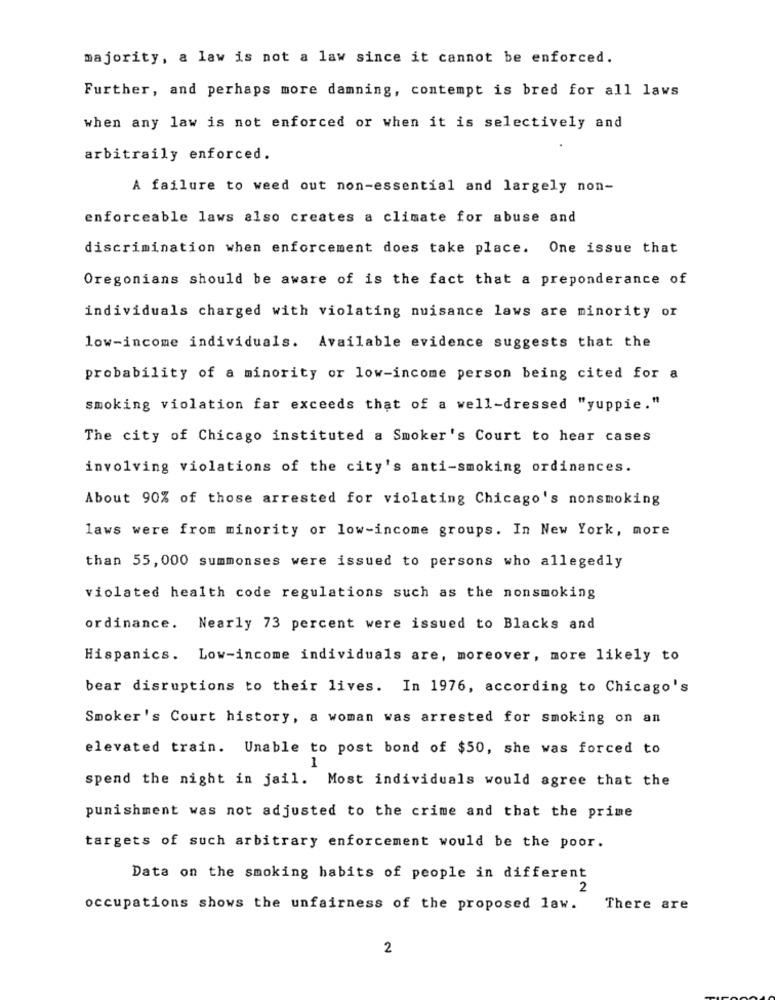
majority, a law is not a law since it cannot be enforced.
Further, and perhaps more damning, contempt is bred for all laws
when any law is not enforced or when it is selectively and
arbitraily enforced.
A failure to weed out non-essential and largely non-
enforceable laws also creates a climate for abuse and
discrimination when enforcement does take place. One issue that
Oregonians should be aware of is the fact that a preponderance of
individuals charged with violating nuisance laws are minority or
low-income individuals. Available evidence suggests that the
probability of a minority or low-income person being cited for a
smoking violation far exceeds that of a well-dressed "yuppie."
The city of Chicago instituted a Smoker's Court to hear cases
involving violations of the city's anti-smoking ordinances.
About 90% of those arrested for violating Chicago's nonsmoking
laws were from minority or low-income groups. In New York, more
than 55, 000 summonses were issued to persons who allegedly
violated health code regulations such as the nonsmoking
ordinance. Nearly 73 percent were issued to Blacks and
Hispanics. Low-income individuals are, moreover, more likely to
bear disruptions to their lives. In 1976, according to Chicago's
Smoker's Court history, a woman was arrested for smoking on an
elevated train. Unable to post bond of $50, she was forced to
spend the night in jail. Most individuals would agree that the
punishment was not adjusted to the crime and that the prime
targets of such arbitrary enforcement would be the poor.
Data on the smoking habits of people in different
2
occupations shows the unfairness of the proposed law.
There are
2